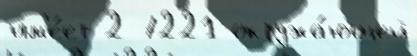
им'е́ет 2 7221 окружа́ющей